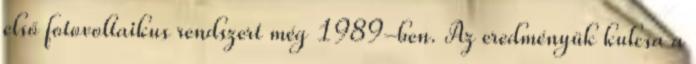
első fotovoltaikus rendszert még 1989-ben. Az eredményük kulcsa a